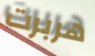
هربرت